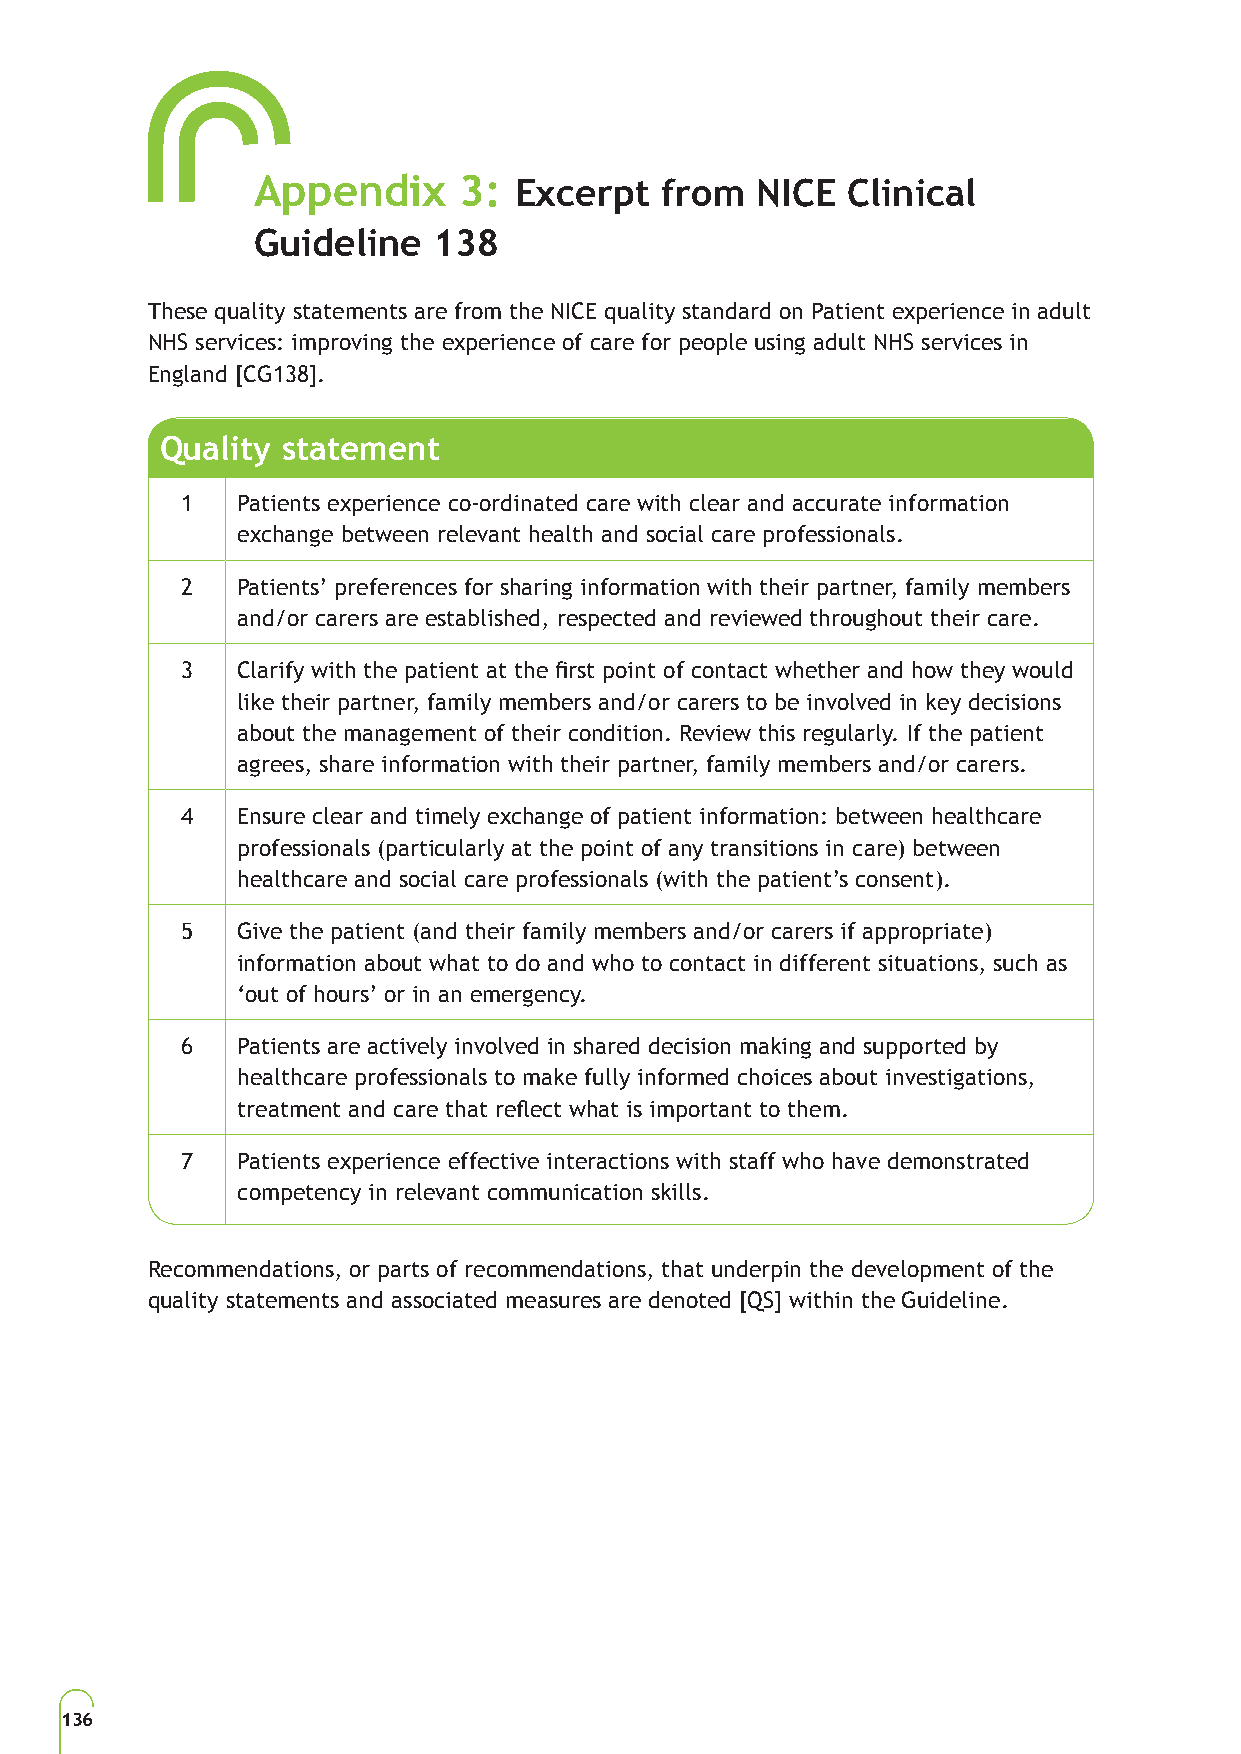
Appendix     3:  Excerpt   from  NICE  Clinical
 Guideline   138
 These quality statements are from the NICE quality standard on Patient experience in adult
 NHS services: improving the experience of care for people using adult NHS services in
 England [CG138].
 Quality statement
 1   Patients experience co-ordinated care with clear and accurate information
 exchange between relevant health and social care professionals.
 2   Patients’ preferences for sharing information with their partner, family members
 and/or carers are established, respected and reviewed throughout their care.
 3   Clarify with the patient at the first point of contact whether and how they would
 like their partner, family members and/or carers to be involved in key decisions
 about the management of their condition. Review this regularly. If the patient
 agrees, share information with their partner, family members and/or carers.
 4   Ensure clear and timely exchange of patient information: between healthcare
 professionals (particularly at the point of any transitions in care) between
 healthcare and social care professionals (with the patient’s consent).
 5   Give the patient (and their family members and/or carers if appropriate)
 information about what to do and who to contact in different situations, such as
 ‘out of hours’ or in an emergency.
 6   Patients are actively involved in shared decision making and supported by
 healthcare professionals to make fully informed choices about investigations,
 treatment and care that reflect what is important to them.
 7   Patients experience effective interactions with staff who have demonstrated
 competency in relevant communication skills.
 Recommendations, or parts of recommendations, that underpin the development of the
 quality statements and associated measures are denoted [QS] within the Guideline.
 136